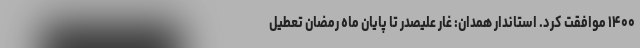
۱۴۰۰ موافقت کرد. استاندار همدان: غار علیصدر تا پایان ماه رمضان تعطیل